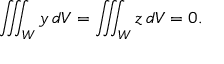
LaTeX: \iiint _ { W } y \, d V = \iiint _ { W } z \, d V = 0 .